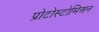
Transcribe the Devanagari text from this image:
प्रोटोस्टोमिअन